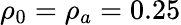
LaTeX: \rho_{0}=\rho_{a}=0.25